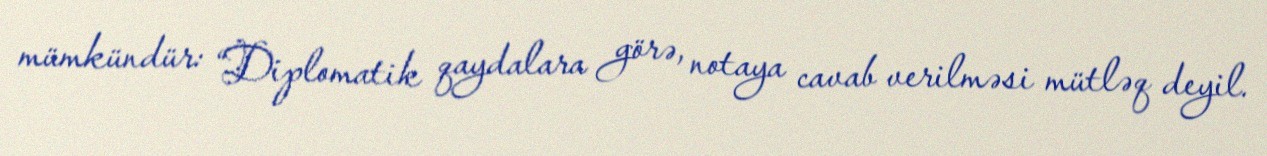
mümkündür: “Diplomatik qaydalara görə, notaya cavab verilməsi mütləq deyil.